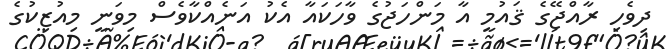
ދިވެހި ރާއްޖޭގެ ޤައުމީ އާ މަންހަޖުގެ ވާހަކައާ އެކު އަނެއްކާވެސް މިވަނީ މިއުޒިކުގެ